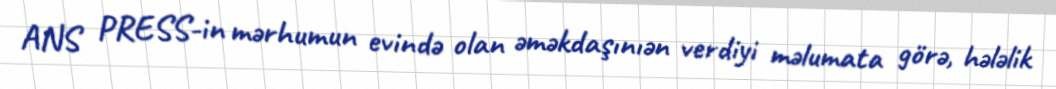
ANS PRESS-in mərhumun evində olan əməkdaşınıən verdiyi məlumata görə, hələlik